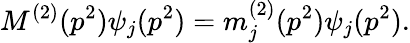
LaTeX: M^{(2)}(p^{2})\psi_{j}(p^{2})=m_{j}^{(2)}(p^{2})\psi_{j}(p^{2}).